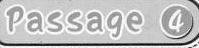
Passage ④